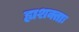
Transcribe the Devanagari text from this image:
ह्यशक्ताः